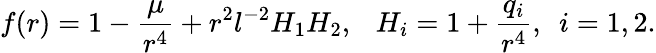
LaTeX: f(r)=1-\frac{\mu}{r^{4}}+r^{2}l^{-2}H_{1}H_{2},\ \ \ H_{i}=1+\frac{q_{i}}{r^{4}},\ \ i=1,2.